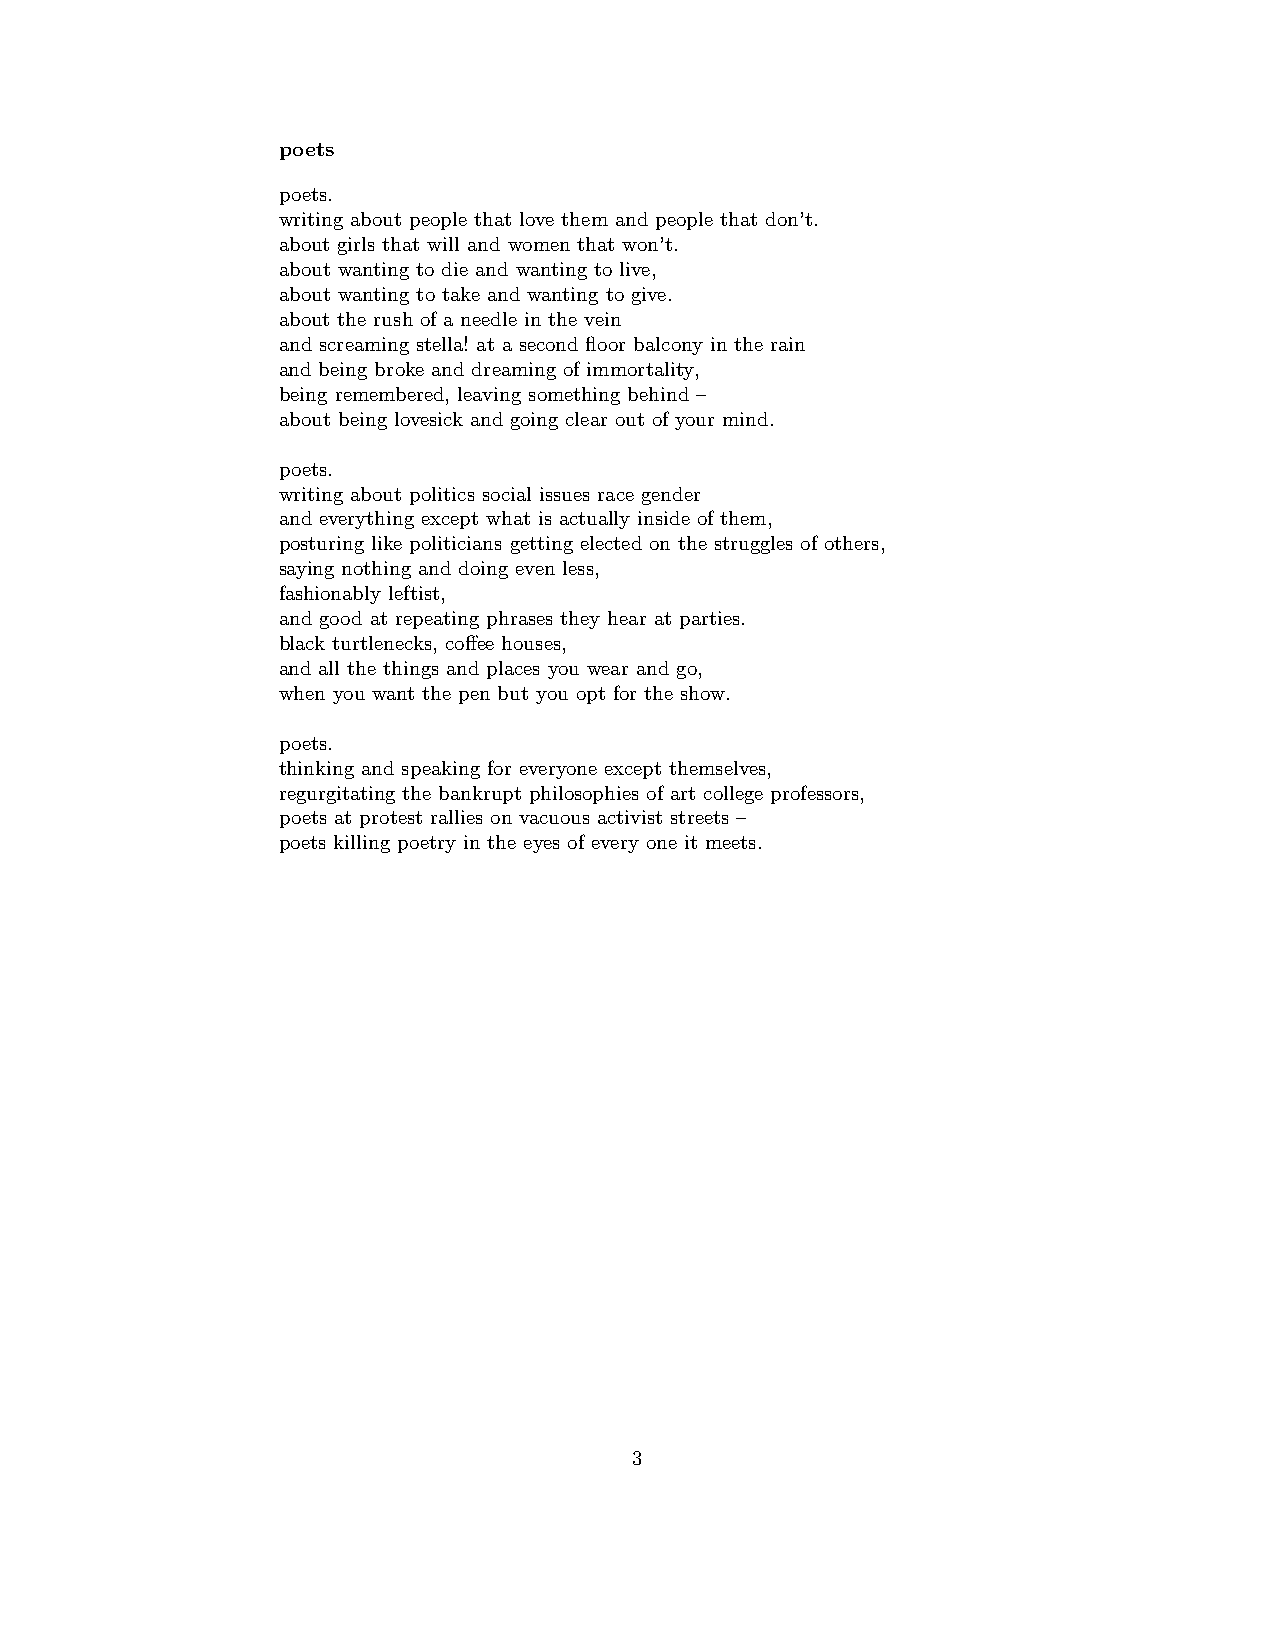
poets
 poets.
 writing about people that love them and people that don’t.
 about girls that will and women that won’t.
 about wanting to die and wanting to live,
 about wanting to take and wanting to give.
 about the rush of a needle in the vein
 and screaming stella! at a second floor balcony in the rain
 and being broke and dreaming of immortality,
 being remembered, leaving something behind –
 about being lovesick and going clear out of your mind.
 poets.
 writing about politics social issues race gender
 and everything except what is actually inside of them,
 posturing like politicians getting elected on the struggles of others,
 saying nothing and doing even less,
 fashionably leftist,
 and good at repeating phrases they hear at parties.
 black turtlenecks, coffee houses,
 and all the things and places you wear and go,
 when you want the pen but you opt for the show.
 poets.
 thinking and speaking for everyone except themselves,
 regurgitating the bankrupt philosophies of art college professors,
 poets at protest rallies on vacuous activist streets –
 poets killing poetry in the eyes of every one it meets.
 3